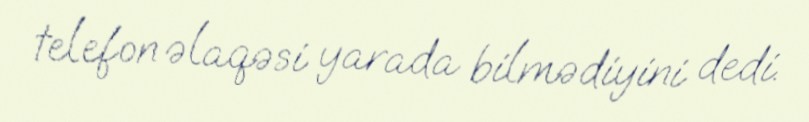
telefon əlaqəsi yarada bilmədiyini dedi.